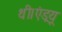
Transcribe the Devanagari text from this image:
थी।एंड्रयू